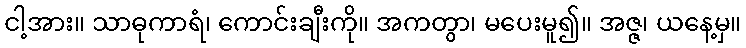
ငါ့အား။ သာဓုကာရံ၊ ကောင်းချီးကို။ အကတွာ၊ မပေးမူ၍။ အဇ္ဇ၊ ယနေ့မှ။